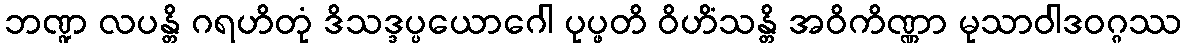
ဘဏ္ဍ လပန္တိ ဂရဟိတုံ ဒိသဒ္ဒပ္ပယောဂေါ ပုပ္ဖတိ ဝိဟိံသန္တိ အဝိကိဏ္ဏာ မုသာဝါဒဝဂ္ဂဿ